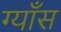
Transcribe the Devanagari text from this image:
ग्याँस